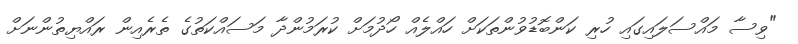
"ވިސާ މައްސަލައިގައި ހުރި ކަންބޮޑުވުންތަކަށް ހައްލެއް ހޯދުމަށް ކުރަމުންދާ މަސައްކަތުގެ ތެރެއިން ރައްޔިތުންނަށް